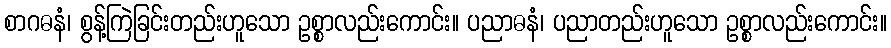
စာဂဓနံ၊ စွန့်ကြဲခြင်းတည်းဟူသော ဥစ္စာလည်းကောင်း။ ပညာဓနံ၊ ပညာတည်းဟူသော ဥစ္စာလည်းကောင်း။